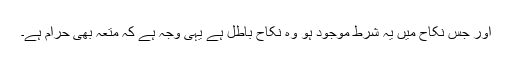
اور جس نکاح میں یہ شرط موجود ہو وہ نکاح باطل ہے یہی وجہ ہے کہ متعہ بھی حرام ہے۔